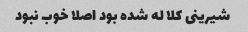
شیرینی کلا له شده بود اصلا خوب نبود